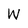
Character: W